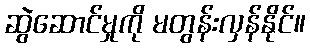
ဆွဲဆောင်မှုကို မတွန်းလှန်နိုင်။